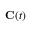
\mathbf { C } ( t )